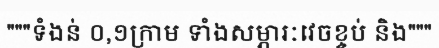
"""ទំងន់ ០,១ក្រាម ទាំងសម្ភារៈវេចខ្ចប់ និង"""